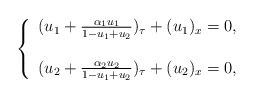
\begin{align*}\left\{ \begin{array}{ll} (u_1+\frac{\alpha_1 u_1}{1-u_1+u_2})_{\tau}+(u_1)_x=0,\\ \\ (u_2+\frac{\alpha_2 u_2}{1-u_1+u_2})_{\tau}+(u_2)_x=0, \end{array} \right.\end{align*}